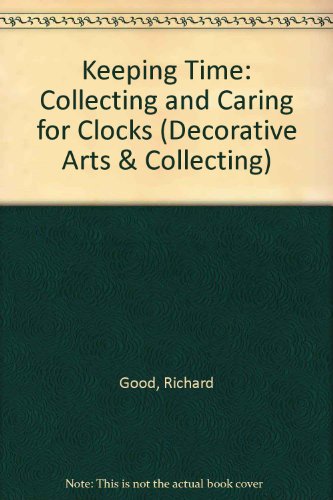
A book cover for Keeping Time: Collecting and Caring for Clocks; Richard Good; Crafts, Hobbies & Home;